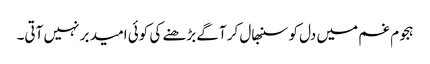
ہجوم غم میں دل کو سنبھال کر آگے بڑھنے کی کوئی امید بر نہیں آتی۔